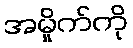
အမှိုက်ကို